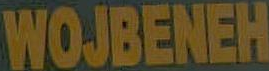
WOJBENEH